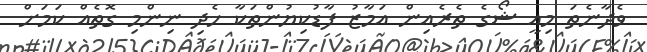
ވެދާނެތަ މިއީ ޝޯގެ ތެރެއިން އަމާޒު ފާޑުކިޔުންތަކާ ހެދި ނިންމި ގޮތެއް ކަމަށް